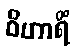
ဝိဟာရိံ